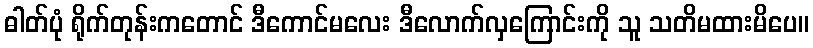
ဓါတ်ပုံ ရိုက်တုန်းကတောင် ဒီကောင်မလေး ဒီလောက်လှကြောင်းကို သူ သတိမထားမိပေ။